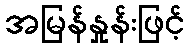
အမြန်နှုန်းဖြင့်